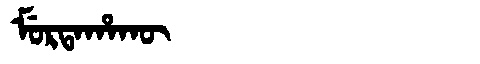
Manchu: ᠮᡠᡵᡨᠠᡥᠠᡴᡡ
Romanization: MURTAHAKŪ